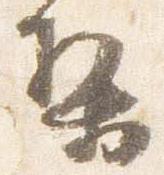
梨